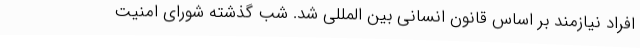
افراد نیازمند بر اساس قانون انسانی بین المللی شد. شب گذشته شورای امنیت